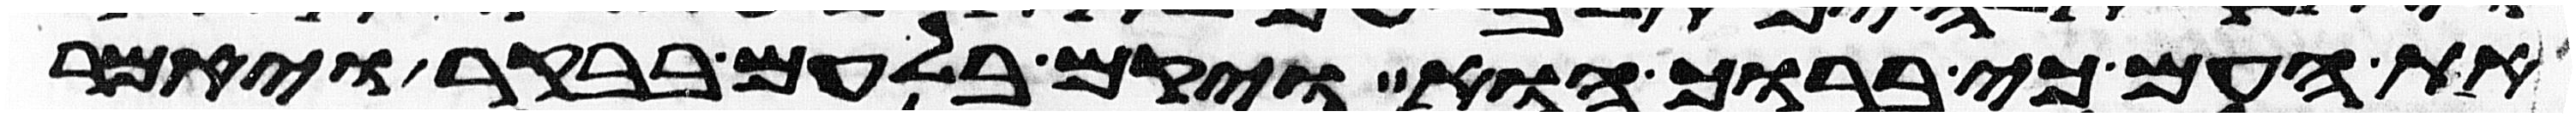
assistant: את העם כי ברוך הוא ויקם בלעם בבקר ויאמר